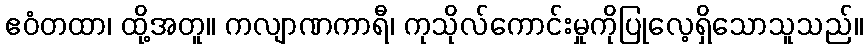
ဧဝံတထာ၊ ထို့အတူ။ ကလျာဏကာရီ၊ ကုသိုလ်ကောင်းမှုကိုပြုလေ့ရှိသောသူသည်။